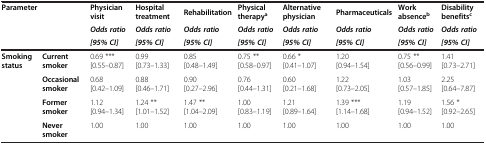
<table><thead><tr><td colspan="2"><b>Parameter</b></td><td><b>Physician visit</b></td><td><b>Hospital treatment</b></td><td><b>Rehabilitation</b></td><td><b>Physical therapy<sup>a</sup></b></td><td><b>Alternative physician</b></td><td><b>Pharmaceuticals</b></td><td><b>Work absence<sup>b</sup></b></td><td><b>Disability benefits<sup>c</sup></b></td></tr><tr><td><b> </b></td><td><b> </b></td><td><b><i>Odds ratio</i></b></td><td><b><i>Odds ratio</i></b></td><td><b><i>Odds ratio</i></b></td><td><b><i>Odds ratio</i></b></td><td><b><i>Odds ratio</i></b></td><td><b><i>Odds ratio</i></b></td><td><b><i>Odds ratio</i></b></td><td><b><i>Odds ratio</i></b></td></tr><tr><td><b> </b></td><td><b> </b></td><td><b><i>[95% CI]</i></b></td><td><b><i>[95% CI]</i></b></td><td><b><i>[95% CI]</i></b></td><td><b><i>[95% CI]</i></b></td><td><b><i>[95% CI]</i></b></td><td><b><i>[95% CI]</i></b></td><td><b><i>[95% CI]</i></b></td><td><b><i>[95% CI]</i></b></td></tr></thead><tbody><tr><td><b>Smoking status</b></td><td><b>Current smoker</b></td><td>0.69 *** [0.55–0.87]</td><td>0.99 [0.73–1.33]</td><td>0.85 [0.48–1.49]</td><td>0.75 ** [0.58–0.97]</td><td>0.66 * [0.41–1.07]</td><td>1.20 [0.94–1.54]</td><td>0.75 ** [0.56–0.99]</td><td>1.41 [0.73–2.71]</td></tr><tr><td> </td><td><b>Occasional smoker</b></td><td>0.68 [0.42–1.09]</td><td>0.88 [0.46–1.71]</td><td>0.90 [0.27–2.96]</td><td>0.76 [0.44–1.31]</td><td>0.60 [0.21–1.68]</td><td>1.22 [0.73–2.05]</td><td>1.03 [0.57–1.85]</td><td>2.25 [0.64–7.87]</td></tr><tr><td> </td><td><b>Former smoker</b></td><td>1.12 [0.94–1.34]</td><td>1.24 ** [1.01–1.52]</td><td>1.47 ** [1.04–2.09]</td><td>1.00 [0.83–1.19]</td><td>1.21 [0.89–1.64]</td><td>1.39 *** [1.14–1.68]</td><td>1.19 [0.94–1.52]</td><td>1.56 * [0.92–2.65]</td></tr><tr><td> </td><td><b>Never smoker</b></td><td>1.00</td><td>1.00</td><td>1.00</td><td>1.00</td><td>1.00</td><td>1.00</td><td>1.00</td><td>1.00</td></tr></tbody></table>